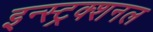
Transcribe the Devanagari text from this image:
इन्स्ट्रक्शनल